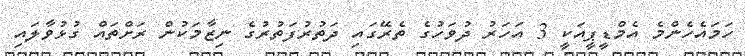
ހަމައެހެންމެ އެމްޑީޕީއަކީ 3 އަހަރު ދުވަހުގެ ތެރޭގައި ދަތުރުފަތުރުގެ ނިޒާމަކުން ރަށްތައް ގުޅުވާލައި